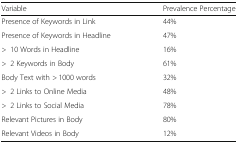
<table><thead><tr><td><b>Variable</b></td><td><b>Prevalence Percentage</b></td></tr></thead><tbody><tr><td>Presence of Keywords in Link</td><td>44%</td></tr><tr><td>Presence of Keywords in Headline</td><td>47%</td></tr><tr><td>&gt;10 Words in Headline</td><td>16%</td></tr><tr><td>&gt;2 Keywords in Body</td><td>61%</td></tr><tr><td>Body Text with &gt; 1000 words</td><td>32%</td></tr><tr><td>&gt;2 Links to Online Media</td><td>48%</td></tr><tr><td>&gt;2 Links to Social Media</td><td>78%</td></tr><tr><td>Relevant Pictures in Body</td><td>80%</td></tr><tr><td>Relevant Videos in Body</td><td>12%</td></tr></tbody></table>